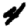
Digit: 4